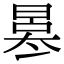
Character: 𠘀